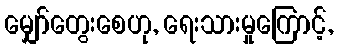
မျှော်တွေးစေဟု, ရေးသားမှုကြောင့်,